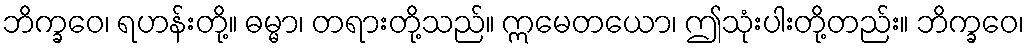
ဘိက္ခဝေ၊ ရဟန်းတို့။ ဓမ္မာ၊ တရားတို့သည်။ ဣမေတယော၊ ဤသုံးပါးတို့တည်း။ ဘိက္ခဝေ၊